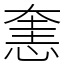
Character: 㥣